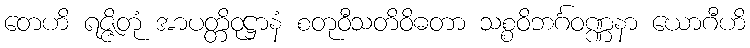
တေဟိ ရဇ္ဇိတုံ အာပတ္တိဝုဋ္ဌာနံ စတုဝီသတိဝိဓတာ သစ္စဝိဘင်္ဂဝဏ္ဏနာ ယောဂီဟိ